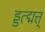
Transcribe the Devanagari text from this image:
ड्डत्द्मत्त्